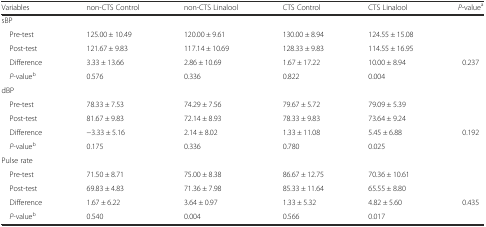
<table><thead><tr><td><b>Variables</b></td><td><b>non-CTS Control</b></td><td><b>non-CTS Linalool</b></td><td><b>CTS Control</b></td><td><b>CTS Linalool</b></td><td><b><i>P</i>-value<sup>a</sup></b></td></tr></thead><tbody><tr><td colspan="6">sBP</td></tr><tr><td> Pre-test</td><td>125.00 ± 10.49</td><td>120.00 ± 9.61</td><td>130.00 ± 8.94</td><td>124.55 ± 15.08</td><td></td></tr><tr><td> Post-test</td><td>121.67 ± 9.83</td><td>117.14 ± 10.69</td><td>128.33 ± 9.83</td><td>114.55 ± 16.95</td><td></td></tr><tr><td> Difference</td><td>3.33 ± 13.66</td><td>2.86 ± 10.69</td><td>1.67 ± 17.22</td><td>10.00 ± 8.94</td><td>0.237</td></tr><tr><td> <i>P</i>-value<sup>b</sup></td><td>0.576</td><td>0.336</td><td>0.822</td><td>0.004</td><td></td></tr><tr><td colspan="6">dBP</td></tr><tr><td> Pre-test</td><td>78.33 ± 7.53</td><td>74.29 ± 7.56</td><td>79.67 ± 5.72</td><td>79.09 ± 5.39</td><td></td></tr><tr><td> Post-test</td><td>81.67 ± 9.83</td><td>72.14 ± 8.93</td><td>78.33 ± 9.83</td><td>73.64 ± 9.24</td><td></td></tr><tr><td> Difference</td><td>−3.33 ± 5.16</td><td>2.14 ± 8.02</td><td>1.33 ± 11.08</td><td>5.45 ± 6.88</td><td>0.192</td></tr><tr><td> <i>P</i>-value<sup>b</sup></td><td>0.175</td><td>0.336</td><td>0.780</td><td>0.025</td><td></td></tr><tr><td colspan="6">Pulse rate</td></tr><tr><td> Pre-test</td><td>71.50 ± 8.71</td><td>75.00 ± 8.38</td><td>86.67 ± 12.75</td><td>70.36 ± 10.61</td><td></td></tr><tr><td> Post-test</td><td>69.83 ± 4.83</td><td>71.36 ± 7.98</td><td>85.33 ± 11.64</td><td>65.55 ± 8.80</td><td></td></tr><tr><td> Difference</td><td>1.67 ± 6.22</td><td>3.64 ± 0.97</td><td>1.33 ± 5.32</td><td>4.82 ± 5.60</td><td>0.435</td></tr><tr><td> <i>P</i>-value<sup>b</sup></td><td>0.540</td><td>0.004</td><td>0.566</td><td>0.017</td><td></td></tr></tbody></table>